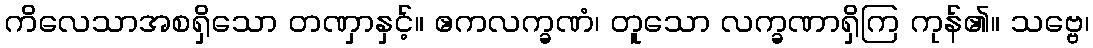
ကိလေသာအစရှိသော တဏှာနှင့်။ ဧကလက္ခဏံ၊ တူသော လက္ခဏာရှိကြ ကုန်၏။ သဗ္ဗေ၊